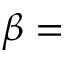
\beta =